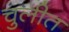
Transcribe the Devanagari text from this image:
चुलीत